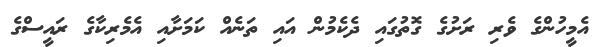
އެމީހުންގެ ވެރި ރަށުގެ ގޮތުގައި ދެކެމުން އައި ތަނެއް ކަމަށާއި އެމެރިކާގެ ރައީސްގެ